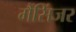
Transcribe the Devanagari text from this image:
मैंसिंजर